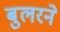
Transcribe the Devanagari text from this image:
बुलरने